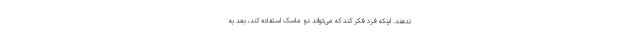
ندهند. اینکه فرد فکر کند که می‌تواند دو ماسک استفاده کند، بعد به